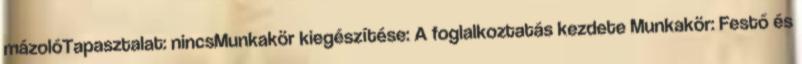
mázolóTapasztalat: nincsMunkakör kiegészítése: A foglalkoztatás kezdete Munkakör: Festő és